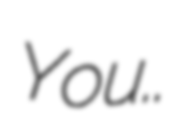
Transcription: You..